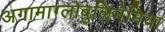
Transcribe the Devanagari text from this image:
अगामाग्लोबुलिनेमिया